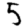
Digit: 5